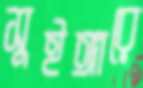
সুইঙ্গারে